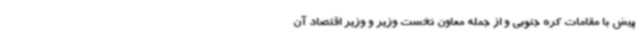
پیش با مقامات کره جنوبی و از جمله معاون نخست وزیر و وزیر اقتصاد آن